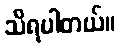
သိရပါတယ်။